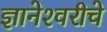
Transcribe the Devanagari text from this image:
ज्ञानेश्‍वरीचे